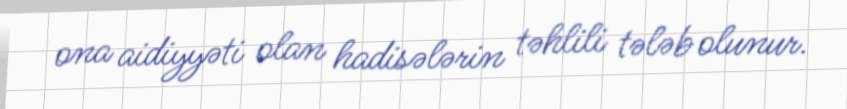
ona aidiyyəti olan hadisələrin təhlili tələb olunur.